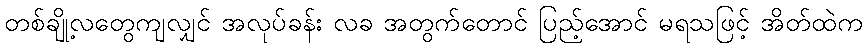
တစ်ချို့လတွေကျလျှင် အလုပ်ခန်း လခ အတွက်တောင် ပြည့်အောင် မရသဖြင့် အိတ်ထဲက